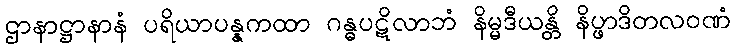
ဌာနာဋ္ဌာနာနံ ပရိယာပန္နကထာ ဂန္ဓပဋိလာဘံ နိမ္မဒီယန္တိ နိပ္ဖာဒိတလဝဏံ